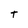
Character: t